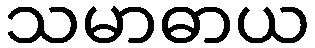
သမာဓာယ